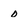
Character: 0